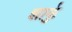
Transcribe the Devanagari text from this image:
शार्कु